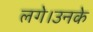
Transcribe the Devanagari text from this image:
लगे।उनके